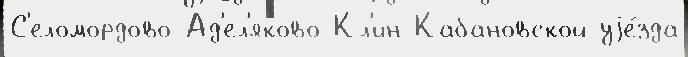
С'еломордово-Ад'ел'яково Кл'ин Кабановской уjе́зда